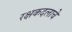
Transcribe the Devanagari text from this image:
रक्षकदलाचे